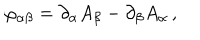
\varphi _ { \alpha \beta } = \partial _ { \alpha } A _ { \beta } - \partial _ { \beta } A _ { \alpha } \, ,